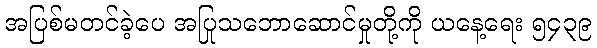
အပြစ်မတင်ခဲ့ပေ အပြုသဘောဆောင်မှုတို့ကို ယနေ့ရေး ၅၄၃၉